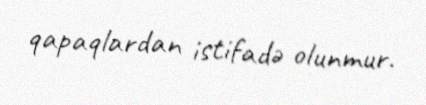
qapaqlardan istifadə olunmur.